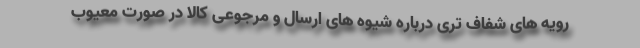
رویه های شفاف تری درباره شیوه های ارسال و مرجوعی کالا در صورت معیوب